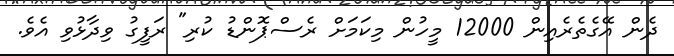
ދެން އޭގެތެރެއިން 12000 މީހުން މިކަމަށް ރެސްޕޮންޑު ކުރި" ރަފީގު ވިދާޅުވި އެވެ.